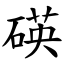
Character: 碤